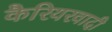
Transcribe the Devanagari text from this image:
कैरियरवादी